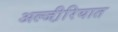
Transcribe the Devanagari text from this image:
अल्जी़रियात